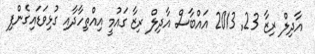
އާދިލް ރިޒާ 23